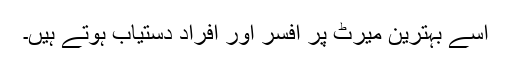
اسے بہترین میرٹ پر افسر اور افراد دستیاب ہوتے ہیں۔